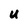
Character: U